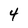
Character: 4